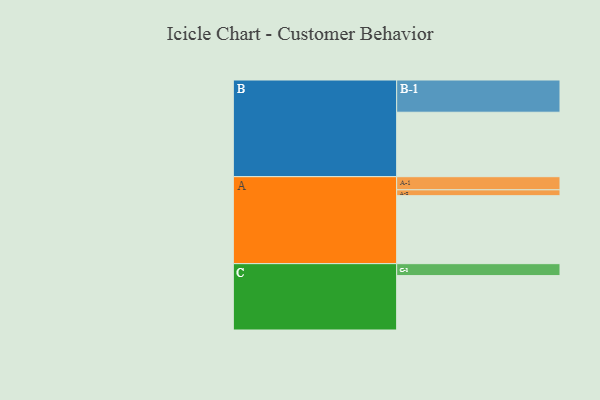
{"axis": {"x": "Segment", "y": "Value"}, "legend": ["", "A", "B", "C"], "data": [{"x": "A", "y": 580, "type": ""}, {"x": "B", "y": 550, "type": ""}, {"x": "C", "y": 464, "type": ""}, {"x": "A-1", "y": 112, "type": "A"}, {"x": "A-2", "y": 50, "type": "A"}, {"x": "B-1", "y": 275, "type": "B"}, {"x": "C-1", "y": 102, "type": "C"}]}